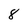
Character: 8